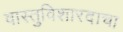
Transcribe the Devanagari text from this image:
वास्तुविशारदाचा